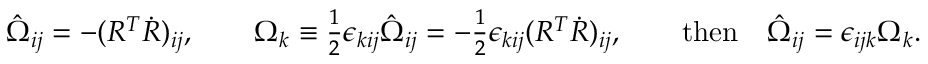
\begin{array} { r } { \hat { \Omega } _ { i j } = - ( R ^ { T } \dot { R } ) _ { i j } , \qquad \Omega _ { k } \equiv \frac 1 2 \epsilon _ { k i j } \hat { \Omega } _ { i j } = - \frac 1 2 \epsilon _ { k i j } ( R ^ { T } \dot { R } ) _ { i j } , \qquad \mathrm { t h e n } \quad \hat { \Omega } _ { i j } = \epsilon _ { i j k } \Omega _ { k } . } \end{array}